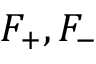
F _ { \mathrm { + } } , F _ { \mathrm { - } }